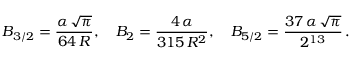
B _ { 3 / 2 } = \frac { \alpha \, \sqrt \pi } { 6 4 \, R } , \quad B _ { 2 } = \frac { 4 \, \alpha } { 3 1 5 \, R ^ { 2 } } , \quad B _ { 5 / 2 } = \frac { 3 7 \, \alpha \, \sqrt \pi } { 2 ^ { 1 3 } } \, { . }